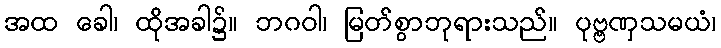
အထ ခေါ၊ ထိုအခါ၌။ ဘဂဝါ၊ မြတ်စွာဘုရားသည်။ ပုဗ္ဗဏှသမယံ၊